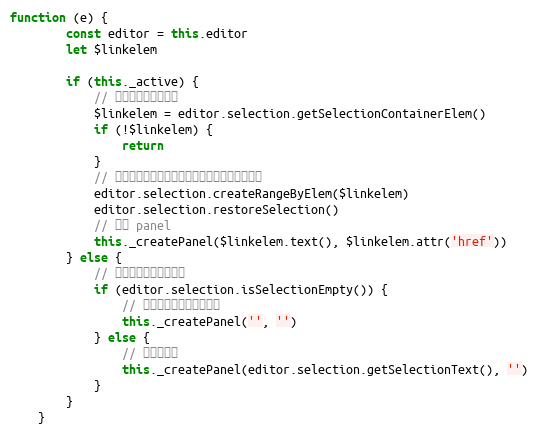
Language: JavaScript
function (e) {
        const editor = this.editor
        let $linkelem

        if (this._active) {
            // 当前选区在链接里面
            $linkelem = editor.selection.getSelectionContainerElem()
            if (!$linkelem) {
                return
            }
            // 将该元素都包含在选取之内，以便后面整体替换
            editor.selection.createRangeByElem($linkelem)
            editor.selection.restoreSelection()
            // 显示 panel
            this._createPanel($linkelem.text(), $linkelem.attr('href'))
        } else {
            // 当前选区不在链接里面
            if (editor.selection.isSelectionEmpty()) {
                // 选区是空的，未选中内容
                this._createPanel('', '')
            } else {
                // 选中内容了
                this._createPanel(editor.selection.getSelectionText(), '')
            }
        }
    }